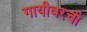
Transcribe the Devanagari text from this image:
गायीवरची